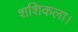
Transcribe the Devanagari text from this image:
शशिकला।